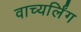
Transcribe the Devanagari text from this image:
वाच्यर्लिंग